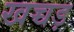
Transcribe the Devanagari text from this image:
खच्चड़